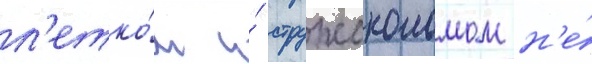
л'етко́м и́ стружоколомом н'е́